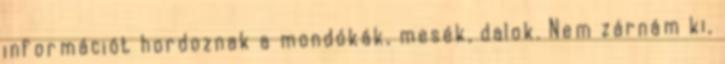
információt hordoznak a mondókák, mesék, dalok. Nem zárnám ki,